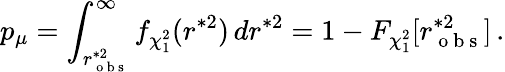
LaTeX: p_{\mu}=\int_{r_{\mathrm{~o~b~s~}}^{\ast 2}}^{\infty}f_{\chi_{1}^{2}}(r^{\ast 2})\, dr^{\ast 2}=1-F_{\chi_{1}^{2}}[r_{\mathrm{~o~b~s~}}^{\ast 2}]\, .